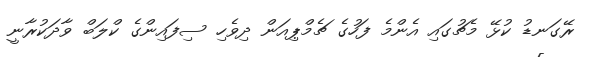
ރޭގަނޑު ކުޅޭ މެޗުގައި އެންމެ ފަހުގެ ޗެމްޕިއަން ދިވެހި ސިފައިންގެ ކްލަބް ވާދަކުރާނީ